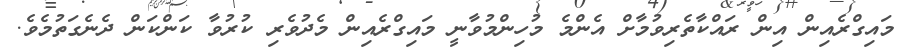
މައިގްރެއިން އިން ރައްކާތެރިވުމާށް އެންމެ މުހިންމުވާނީ މައިގްރެއިން މެދުވެރި ކުރުވާ ކަންކަން ދެނެގަތުމެވެ.